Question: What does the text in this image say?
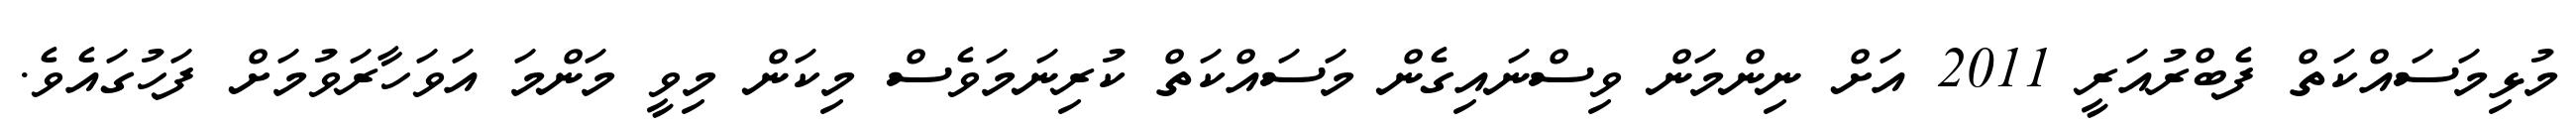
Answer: މުޅިމަސައްކަތް ފެބްރުއަރީ 2011 އަށް ނިންމަން ވިސްނައިގެން މަސައްކަތް ކުރިނަމަވެސް މިކަން މިވީ މަންމަ އަވަހާރަވުމަށް ފަހުގައެވެ.